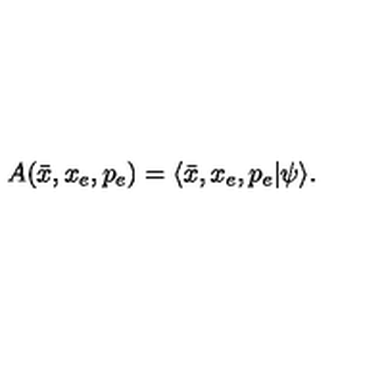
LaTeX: A ( \bar { x } , x _ { e } , p _ { e } ) = \langle \bar { x } , x _ { e } , p _ { e } | \psi \rangle .